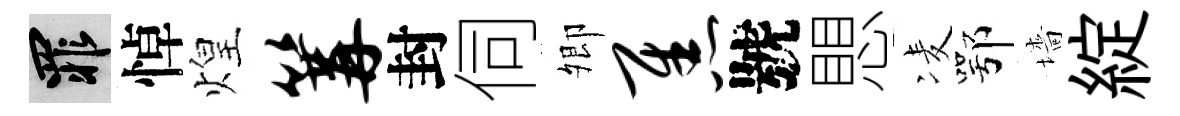
罪悼煌篝封伺𡖖焦號愳凌鄂墻綻